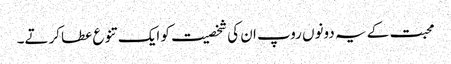
محبت کے یہ دونوں روپ ان کی شخصیت کو ایک تنوع عطا کرتے۔